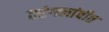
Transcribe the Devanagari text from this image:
तरंगलांबीत